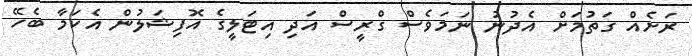
ރަށެއް ގަތުމަށް އެދުނު ނަމަވެސް ގްރީސް އަދި އިޓަލީގެ އޮފިޝަލުން އެކަމާ ބެހޭ